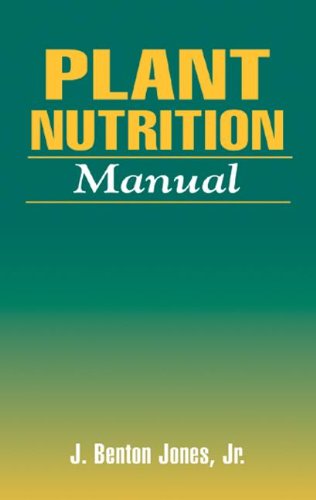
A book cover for Plant Nutrition Manual; J. Benton Jones  Jr.; Crafts, Hobbies & Home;